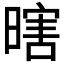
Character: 𱢜